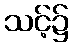
သင့်၌